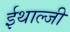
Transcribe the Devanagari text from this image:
ईथाल्जी